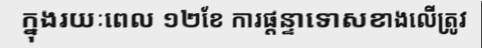
ក្នុងរយៈពេល ១២ខែ ការផ្តន្ទាទោសខាងលើត្រូវ